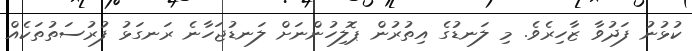
ކުޅުނު ފަދުވާ ޒާހިރެވެ. މި ލަނޑުގެ އިތުރުން ޕޮލިހުންނަށް ލަނޑުޖަހާނެ ރަނގަޅު ފުރުސަތުތަކެއް